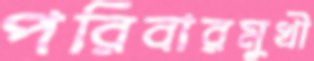
পরিবারমুখী